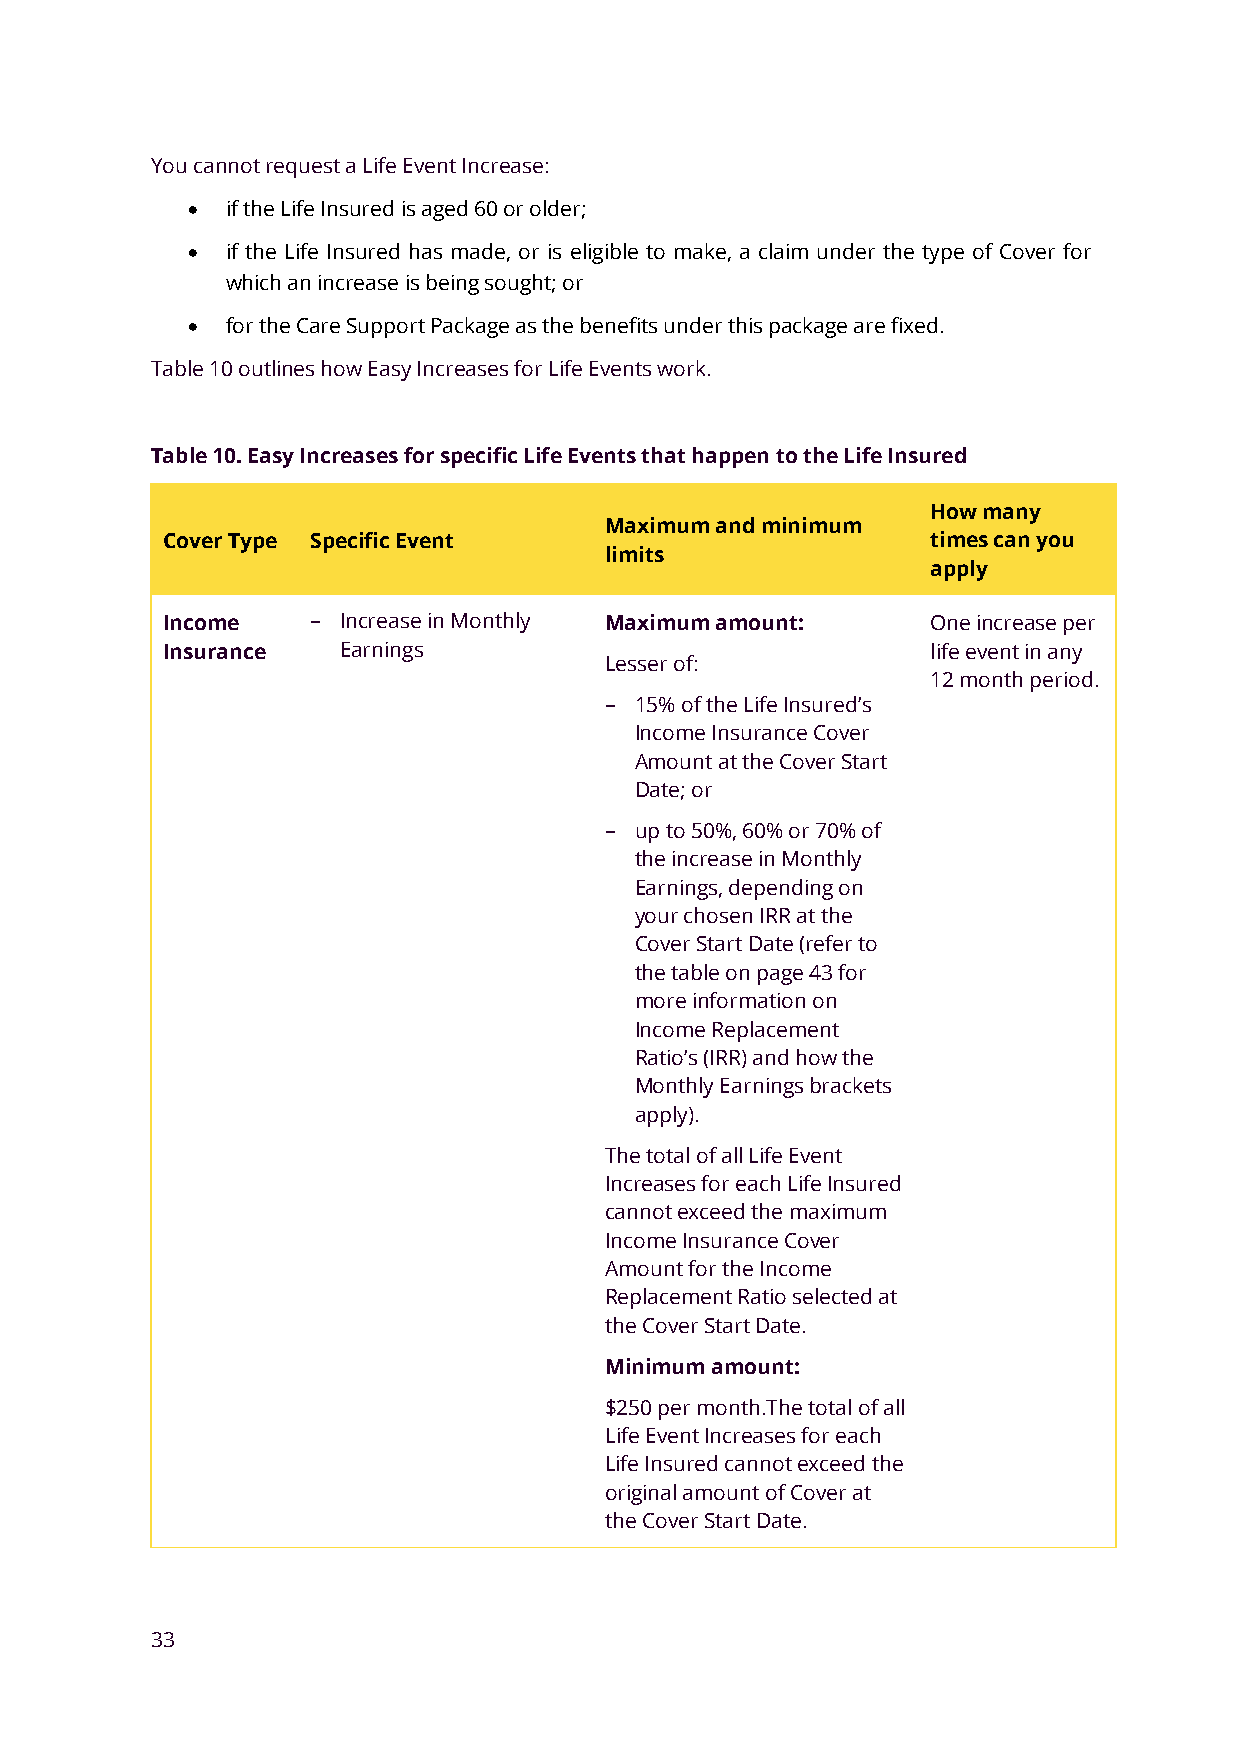
You cannot request a Life Event Increase:
 •  if the Life Insured is aged 60 or older;
 •  if the Life Insured has made, or is eligible to make, a claim under the type of Cover for
 which an increase is being sought; or
 •  for the Care Support Package as the benefits under this package are fixed.
 Table 10 outlines how Easy Increases for Life Events work.
 Table 10. Easy Increases for specific Life Events that happen to the Life Insured
 How many
 Maximum and minimum
 Cover Type Specific Event                          times can you
 limits
 apply
 Income    − Increase in Monthly Maximum amount:    One increase per
 Insurance  Earnings                                life event in any
 Lesser of:
 12 month period.
 − 15% of the Life Insured’s
 Income Insurance Cover
 Amount at the Cover Start
 Date; or
 − up to 50%, 60% or 70% of
 the increase in Monthly
 Earnings, depending on
 your chosen IRR at the
 Cover Start Date (refer to
 the table on page 43 for
 more information on
 Income Replacement
 Ratio’s (IRR) and how the
 Monthly Earnings brackets
 apply).
 The total of all Life Event
 Increases for each Life Insured
 cannot exceed the maximum
 Income Insurance Cover
 Amount for the Income
 Replacement Ratio selected at
 the Cover Start Date.
 Minimum amount:
 $250 per month.The total of all
 Life Event Increases for each
 Life Insured cannot exceed the
 original amount of Cover at
 the Cover Start Date.
 33